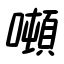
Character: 噸